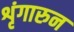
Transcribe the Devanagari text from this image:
शृंगारुन